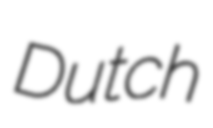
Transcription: Dutch